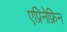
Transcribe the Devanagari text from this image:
एप्रिनेफ्रिन